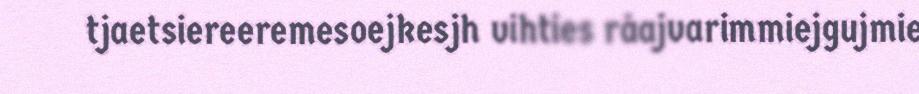
tjaetsiereeremesoejkesjh vihties råajvarimmiejgujmie